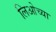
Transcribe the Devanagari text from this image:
लिओच्या